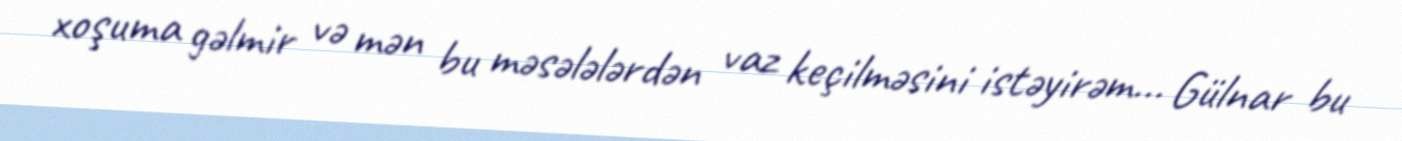
xoşuma gəlmir və mən bu məsələlərdən vaz keçilməsini istəyirəm... Gülnar bu